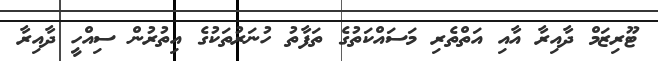
ޓޫރިޒަމް ދާއިރާ އާއި އަތްތެރި މަސައްކަތުގެ ތަފާތު ހުނަރުތަކުގެ އިތުރުން ސިއްހީ ދާއިރާ